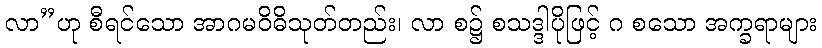
လာ”ဟု စီရင်သော အာဂမဝိဓိသုတ်တည်း၊ လာ စ၌ စသဒ္ဒါပိုဖြင့် ဂ စသော အက္ခရာများ